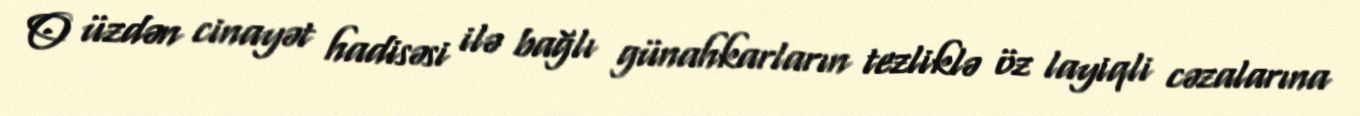
O üzdən cinayət hadisəsi ilə bağlı günahkarların tezliklə öz layiqli cəzalarına